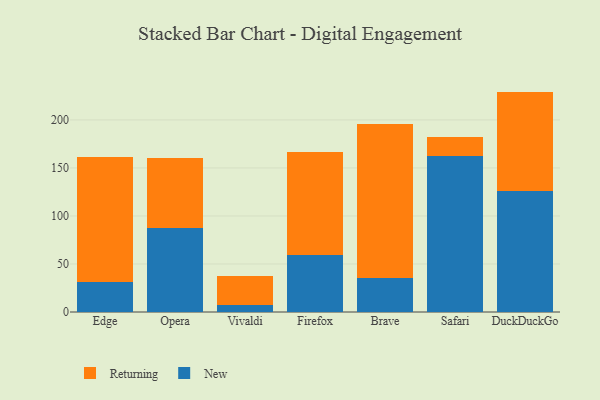
{"axis": {"x": "Browser", "y": "Budget (USD K)"}, "legend": ["New", "Returning"], "data": [{"x": "Edge", "y": 30.8, "type": "New"}, {"x": "Edge", "y": 130.4, "type": "Returning"}, {"x": "Opera", "y": 87.2, "type": "New"}, {"x": "Opera", "y": 73.6, "type": "Returning"}, {"x": "Vivaldi", "y": 7.2, "type": "New"}, {"x": "Vivaldi", "y": 30.8, "type": "Returning"}, {"x": "Firefox", "y": 59.5, "type": "New"}, {"x": "Firefox", "y": 107.0, "type": "Returning"}, {"x": "Brave", "y": 35.0, "type": "New"}, {"x": "Brave", "y": 160.6, "type": "Returning"}, {"x": "Safari", "y": 162.0, "type": "New"}, {"x": "Safari", "y": 20.3, "type": "Returning"}, {"x": "DuckDuckGo", "y": 126.1, "type": "New"}, {"x": "DuckDuckGo", "y": 103.4, "type": "Returning"}]}